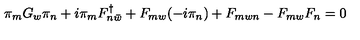
\pi _ { m } G _ { w } \pi _ { n } + i \pi _ { m } F _ { n \bar { w } } ^ { \dagger } + F _ { m w } ( - i \pi _ { n } ) + F _ { m w n } - F _ { m w } F _ { n } = 0